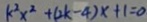
k ^ { 2 } x ^ { 2 } + ( 2 k - 4 ) x + 1 = 0